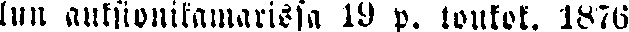
luu auksionikamarissa 19 p. toukok. 1876